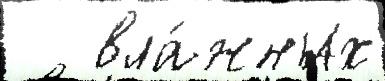
   вла́жных